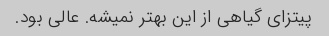
پیتزای گیاهی از این بهتر نمیشه. عالی بود.